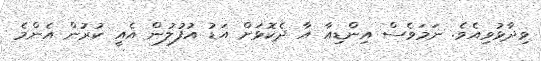
ވިދާޅުވިއެވެ. ނަމަވެސް އިންޑިއާ އާ ދެކޮޅަށް އަޑު އުފުލުން އެއީ ކުރުން އެންމެ